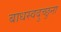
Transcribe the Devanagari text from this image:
बाधस्वदुच्छुना